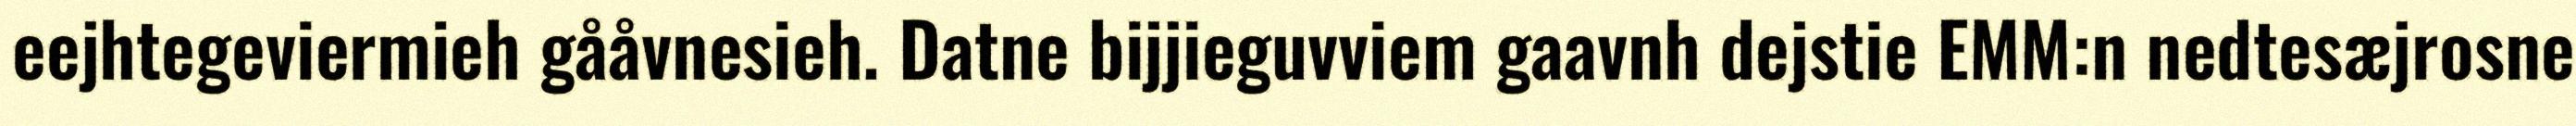
eejhtegeviermieh gååvnesieh. Datne bijjieguvviem gaavnh dejstie EMM:n nedtesæjrosne